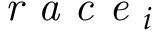
\textit { r a c e } _ { i }